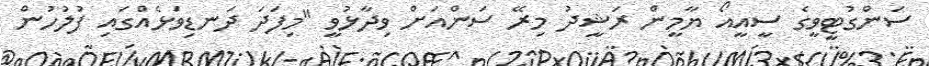
ސަންގުޓީވީގެ ސީއީއޯ ޔާމީން ރަޝީދު މިރޭ ސަންއަށް ވިދާޅުވީ "މިފަދަ ދަނޑިވަޅެއްގައި ފުލުހުން